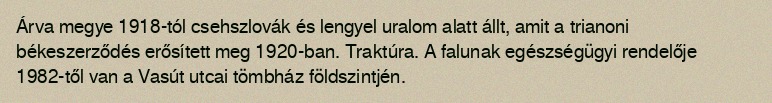
Árva megye 1918-tól csehszlovák és lengyel uralom alatt állt, amit a trianoni békeszerződés erősített meg 1920-ban. Traktúra. A falunak egészségügyi rendelője 1982-től van a Vasút utcai tömbház földszintjén.